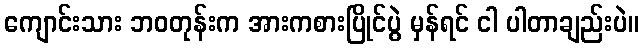
ကျောင်းသား ဘဝတုန်းက အားကစားပြိုင်ပွဲ မှန်ရင် ငါ ပါတာချည်းပဲ။